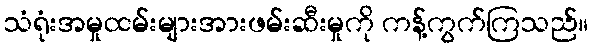
သံရုံးအမှုထမ်းများအားဖမ်းဆီးမှုကို ကန့်ကွက်ကြသည်။